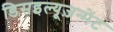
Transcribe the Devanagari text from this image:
डिसइल्यूज़न्मेंट